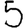
Digit: 5